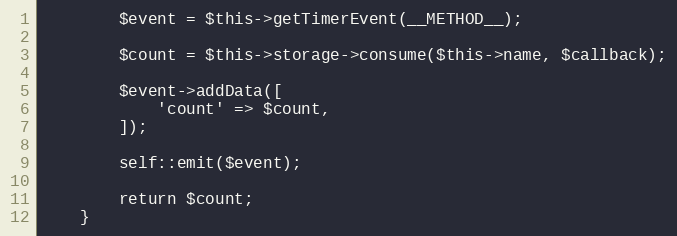
Language: PHP
        $event = $this->getTimerEvent(__METHOD__);

        $count = $this->storage->consume($this->name, $callback);

        $event->addData([
            'count' => $count,
        ]);

        self::emit($event);

        return $count;
    }